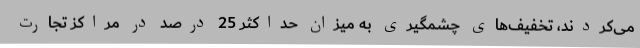
می‌کردند، تخفیف‌های چشمگیری به میزان حداکثر 25 درصد در مراکز تجارت